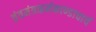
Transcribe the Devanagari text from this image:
तंत्रमंत्रकर्मकाण्डाचार्य